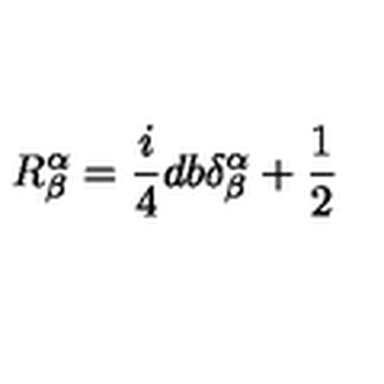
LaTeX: R _ { \beta } ^ { \alpha } = \frac { i } { 4 } d b \delta _ { \beta } ^ { \alpha } + \frac { 1 } { 2 }